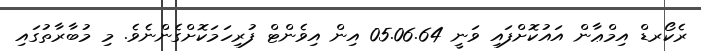
ރެކޯރޑް އިމްޢާން އައުކޮށްފައި ވަނީ 05.06.64 އިން އިވެންޓް ފުރިހަމަކޮށްގެންނެވެ. މި މުބާރާތުގައި